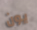
يون